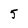
Character: 5